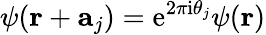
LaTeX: \psi(\mathbf{r}+\mathbf{a}_{j})=\mathrm{e}^{2\pi\mathrm{i}\theta_{j}}\psi(\mathbf{r})